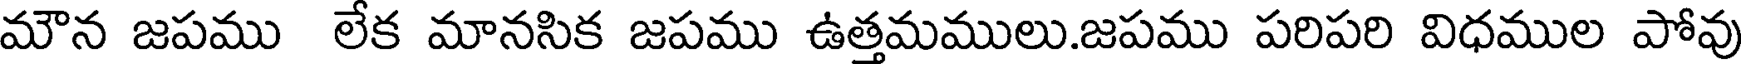
మౌన జపము లేక మానసిక జపము ఉత్తమములు.జపము పరిపరి విధముల పోవు